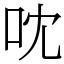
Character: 㕪